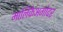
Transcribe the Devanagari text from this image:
मालिकेअगोदर